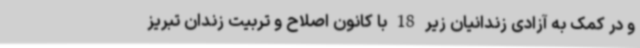
و در کمک به آزادی زندانیان زیر 18 با کانون اصلاح و تربیت زندان تبریز